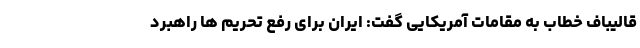
قالیباف خطاب به مقامات آمریکایی گفت: ایران برای رفع تحریم ها راهبرد